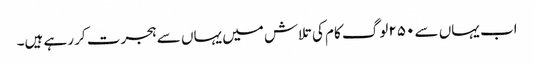
اب یہاں سے ۲۵۰ لوگ کام کی تلاش میں یہاں سے ہجرت کر رہے ہیں۔